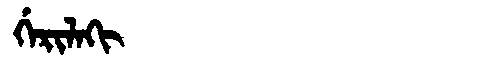
Manchu: ᡤᡝᡵᡳᠯᠠᡴᡳ
Romanization: GERILAKI